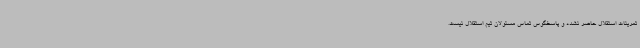
تمرینات استقلال حاضر نشده و پاسخگوس تماس مسئولان تیم استقلال نیست.